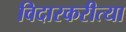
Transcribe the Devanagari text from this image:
विदारकरीत्या